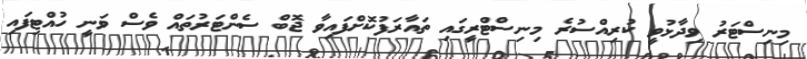
މިނިސްޓަރު ވިދާޅުވީ ކުރިއްސުރެ މިނިސްޓްރީގައި ތައާރަފުކޮށްފައިވާ ޖޮބް ސެންޓަރުތައް ވެސް ވަނީ ހުއްޓިފައި